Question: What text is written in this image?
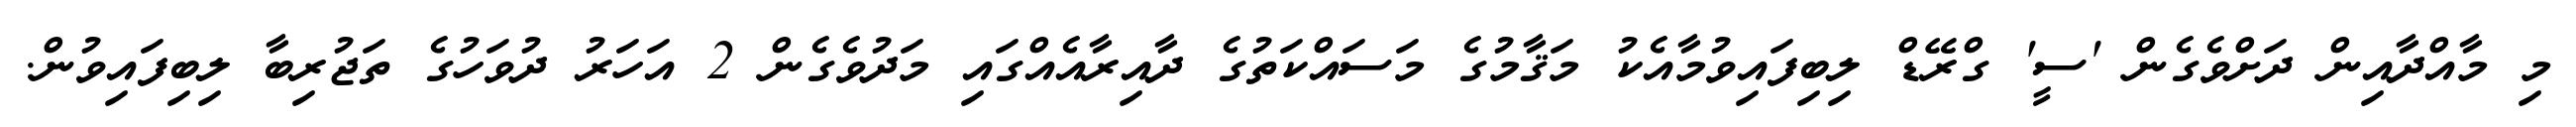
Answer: މި މާއްދާއިން ދަށްވެގެން 'ސީ' ގްރޭޑް ލިބިފައިވުމާއެކު މަޤާމުގެ މަސައްކަތުގެ ދާއިރާއެއްގައި މަދުވެގެން 2 އަހަރު ދުވަހުގެ ތަޖުރިބާ ލިބިފައިވުން.